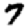
Digit: 7